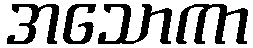
အသောကာ